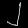
Digit: ၂